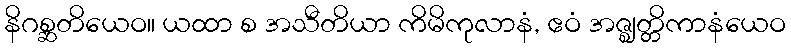
နိဂစ္ဆတိယေဝ။ ယထာ စ အသီတိယာ ကိမိကုလာနံ, ဧဝံ အဇ္ဈတ္တိကာနံယေဝ